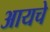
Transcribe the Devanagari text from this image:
आयचे